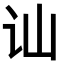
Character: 讪